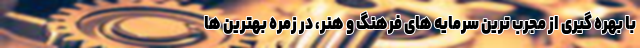
با بهره گیری از مجرب ترین سرمایه های فرهنگ و هنر، در زمره بهترین ها